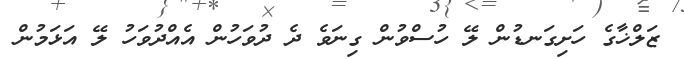
ޒަލްޚާގެ ހަށިގަނޑުން ލޭ ހުސްވުން ގިނަވެ ދެ ދުވަހުން އެއްދުވަހު ލޭ އަޅަމުން